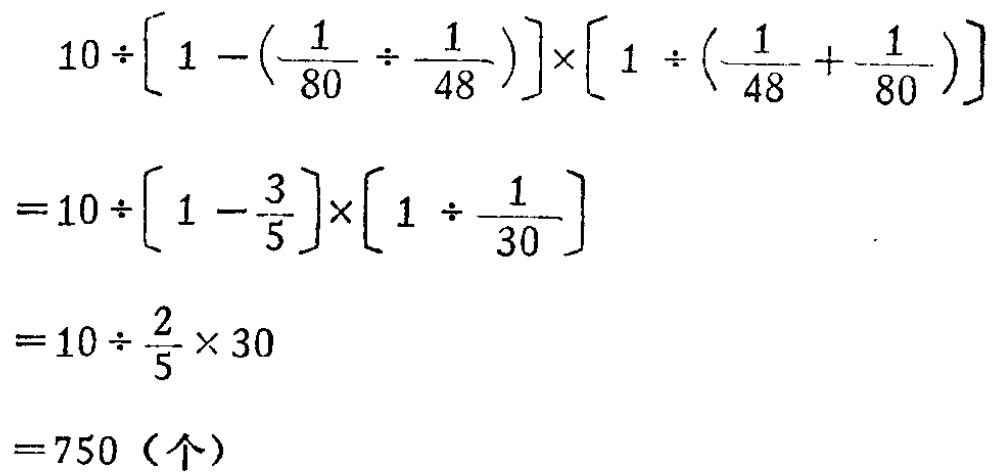
\[
\begin{align*}
&10\div\left[1 - \left(\frac{1}{80}\div\frac{1}{48}\right)\right]\times\left[1\div\left(\frac{1}{48}+\frac{1}{80}\right)\right]\\
=&10\div\left[1 - \frac{3}{5}\right]\times\left[1\div\frac{1}{30}\right]\\
=&10\div\frac{2}{5}\times30\\
=&750（个）
\end{align*}
\]